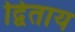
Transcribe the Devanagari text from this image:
द्विताय